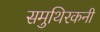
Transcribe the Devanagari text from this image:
समुथिरकनी